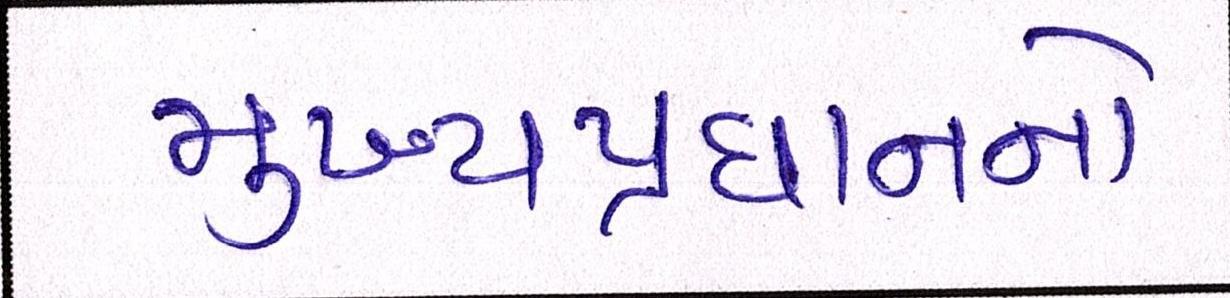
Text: મુખ્યપ્રધાનનો